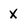
Character: X